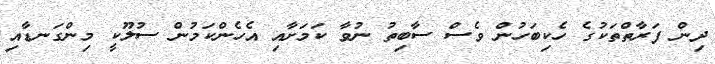
ދިން ފަރާތްތަކުގެ ހެކިބަހުން ވެސް ސާބިތު ނުވާ ކަމަށާއި އެހެންކަމުން ސުލޫކީ މިންގަނޑާއި